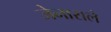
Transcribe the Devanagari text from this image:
जेनाराले